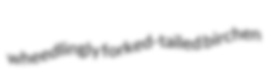
wheedlingly forked-tailed birchen